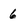
Character: 6